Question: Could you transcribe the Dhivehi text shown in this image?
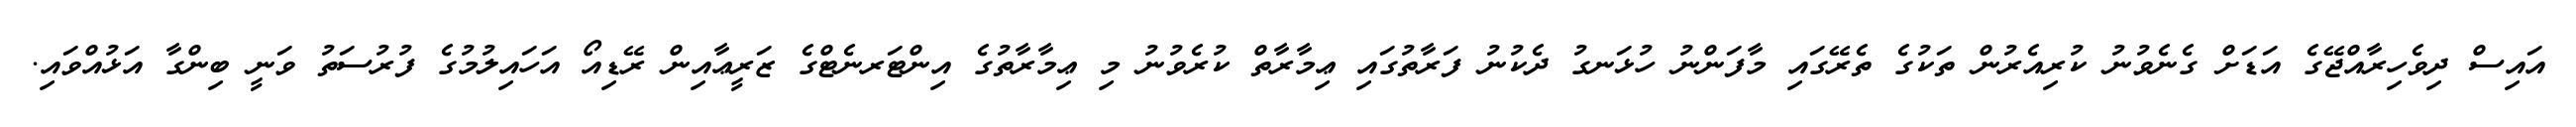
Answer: އައިސް ދިވެހިރާއްޖޭގެ އަޑަށް ގެނެވުނު ކުރިއެރުން ތަކުގެ ތެރޭގައި މާފަންނު ހުޅަނގު ދެކުނު ފަރާތުގައި ޢިމާރާތް ކުރެވުނު މި ޢިމާރާތުގެ އިންޓަރނެޓްގެ ޒަރީޢާއިން ރޭޑިއޯ އަހައިލުމުގެ ފުރުސަތު ވަނީ ބިންގާ އަޅުއްވައި.